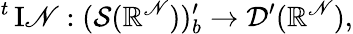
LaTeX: {}^{t}\operatorname{I\mathscr{N}}:({\mathcal{{S}}}(\mathbb{{R}}^{\mathscr{N}}))_{b}^{\prime}\to{\mathcal{{D}}}^{\prime}(\mathbb{{R}}^{\mathscr{N}}),